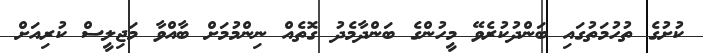
ކުށުގެ ތުހުމަތުގައި ބަންދުކުރެވޭ މީހުންގެ ބަންދާމެދު ގޮތެއް ނިންމުމަށް ބާއްވާ މަޖިލީސް ކުރިއަށް